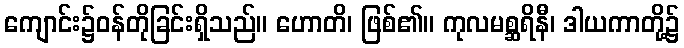
ကျောင်း၌ဝန်တိုခြင်းရှိသည်။ ဟောတိ၊ ဖြစ်၏။ ကုလမစ္ဆရိနီ၊ ဒါယကာတို့၌